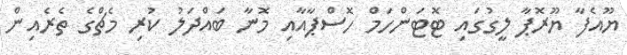
ޔޫއެފާ ޔޫރޮޕާ ލީގުގައި ޓޮޓަންހަމް ހޮސްޕާއާއި މޮނާ ބައްދަލު ކުރި މެޗްގެ ތެރެއިން